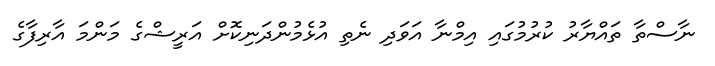
ނާސްތާ ތައްޔާރު ކުރުމުގައި އިމްނާ އަވަދި ނެތި އުޅެމުންދަނިކޮށް އަރީޝްގެ މަންމަ އާރިފާގެ